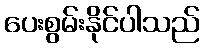
ပေးစွမ်းနိုင်ပါသည်